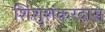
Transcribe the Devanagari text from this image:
शिशुशंकरदास